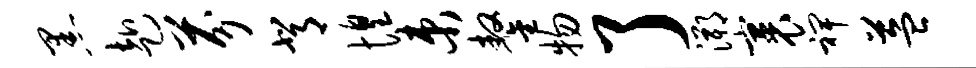
黑赴芬背惶束鏊物了溯裹裨益